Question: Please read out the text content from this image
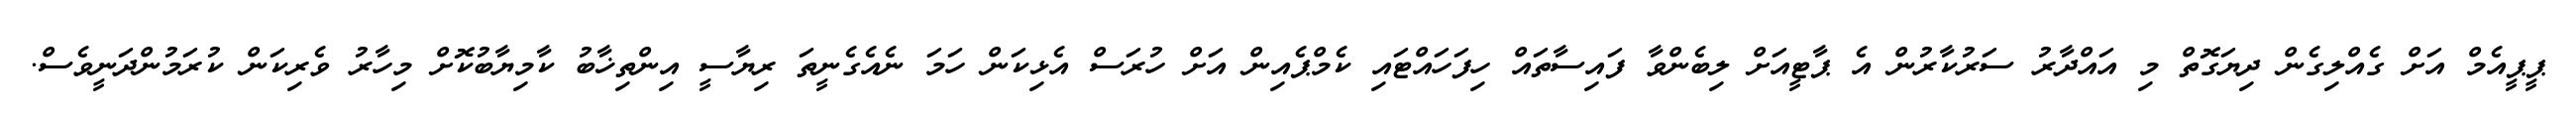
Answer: ޕީޕީއެމް އަށް ގެއްލިގެން ދިޔަގޮތް މި އައްދާރު ސަރުކާރުން އެ ޕާޓީއަށް ލިބެންވާ ފައިސާތައް ހިފަހައްޓައި ކެމްޕެއިން އަށް ހުރަސް އެޅިކަން ހަމަ ނެއެގެނީތަ ރިޔާސީ އިންތިޚާބު ކާމިޔާބުކޮށް މިހާރު ވެރިކަން ކުރަމުންދަނީވެސް.